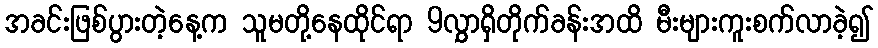
အခင်းဖြစ်ပွားတဲ့နေ့က သူမတို့နေထိုင်ရာ 9လွှာရှိတိုက်ခန်းအထိ မီးများကူးစက်လာခဲ့၍